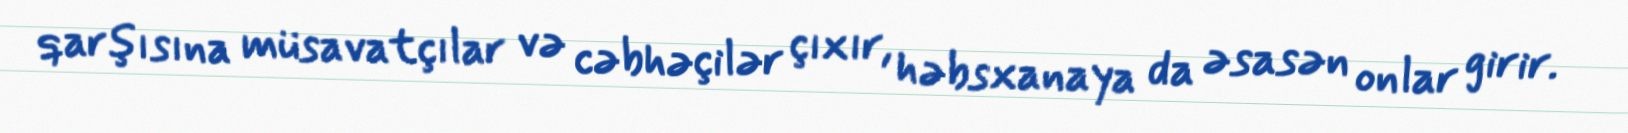
qarşısına müsavatçılar və cəbhəçilər çıxır, həbsxanaya da əsasən onlar girir.